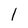
Character: 1